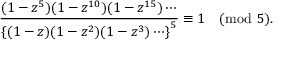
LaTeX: { \frac { ( 1 - z ^ { 5 } ) ( 1 - z ^ { 1 0 } ) ( 1 - z ^ { 1 5 } ) \cdots } { \left\{ ( 1 - z ) ( 1 - z ^ { 2 } ) ( 1 - z ^ { 3 } ) \cdots \right\} ^ { 5 } } } \equiv 1 { \pmod { 5 } } .